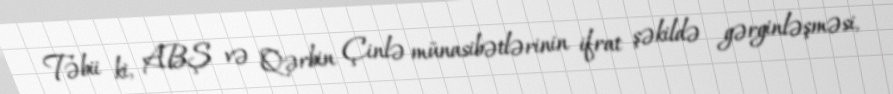
Təbii ki, ABŞ və Qərbin Çinlə münasibətlərinin ifrat şəkildə gərginləşməsi,